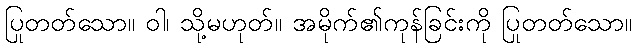
ပြုတတ်သော။ ဝါ၊ သို့မဟုတ်။ အမိုက်၏ကုန်ခြင်းကို ပြုတတ်သော။